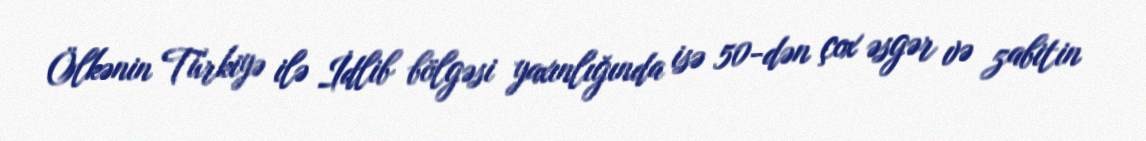
Ölkənin Türkiyə ilə İdlib bölgəsi yaxınlığında isə 50-dən çox əsgər və zabitin